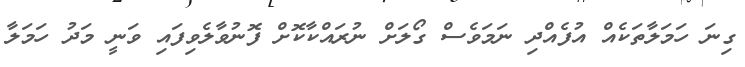
ގިނަ ހަމަލާތަކެއް އުފެއްދި ނަމަވެސް ގޯލަށް ނުރައްކާކޮށް ފޮނުވާލެވިފައި ވަނީ މަދު ހަމަލާ